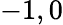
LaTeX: -1,0